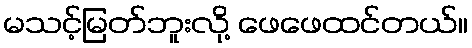
မသင့်မြတ်ဘူးလို့ ဖေဖေထင်တယ်။